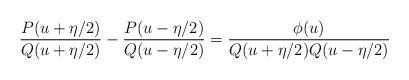
LaTeX: \begin{align*}\frac{P(u+\eta/2)}{Q(u+\eta/2)}-\frac{P(u-\eta/2)}{Q(u-\eta/2)}=\frac{\phi(u)}{Q(u+\eta/2)Q(u-\eta/2)}\end{align*}